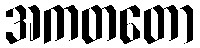
အကတတော